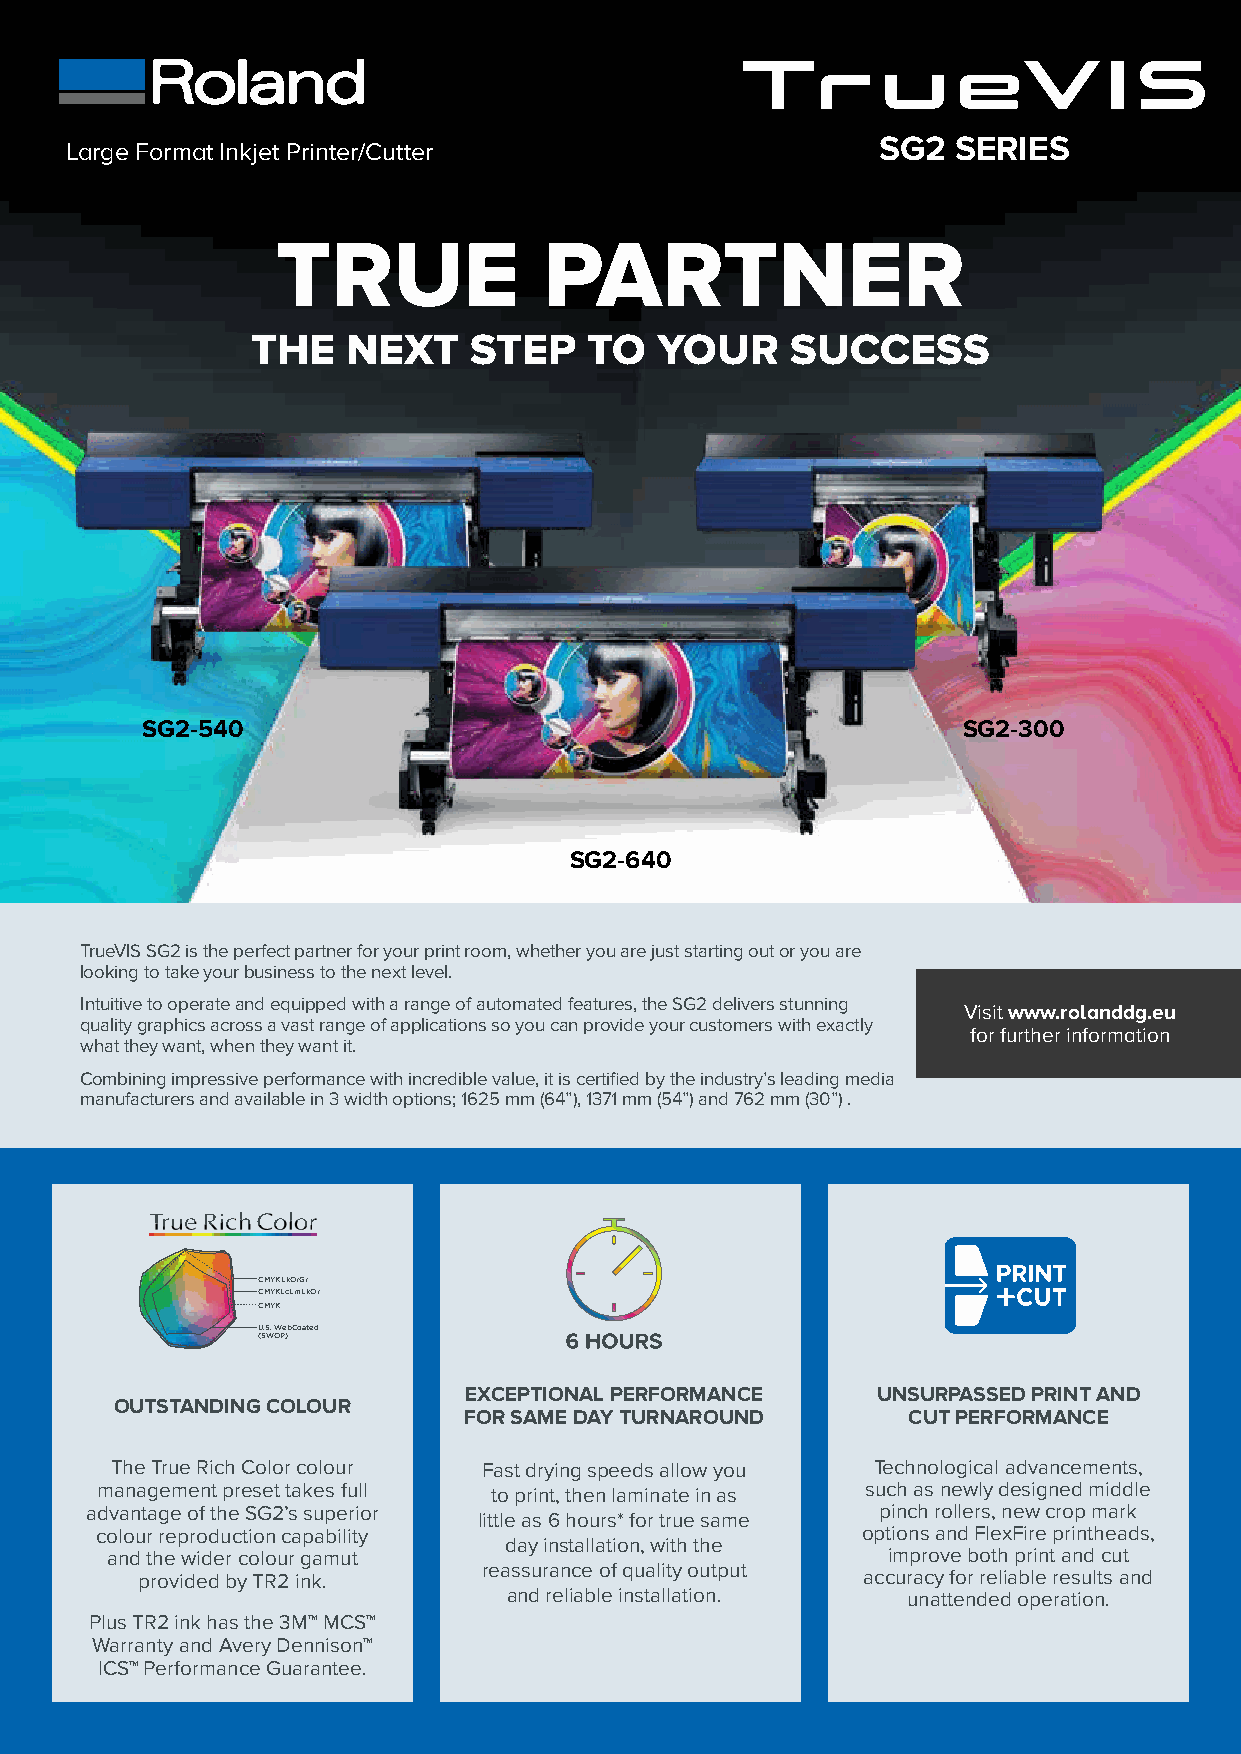
SG2  SERIES
 Large Format Inkjet Printer/Cutter
 TRUE              PARTNER
 THE   NEXT    STEP    TO   YOUR    SUCCESS
 SG2-540                                                SG2-300
 SG2-640
 TrueVIS SG2 is the perfect partner for your print room, whether you are just starting out or you are
 looking to take your business to the next level.
 Intuitive to operate and equipped with a range of automated features, the SG2 delivers stunning
 Visit www.rolanddg.eu
 quality graphics across a vast range of applications so you can provide your customers with exactly
 for further information
 what they want, when they want it.
 Combining impressive performance with incredible value, it is certified by the industry’s leading media
 manufacturers and available in 3 width options; 1625 mm (64”), 1371 mm (54”) and 762 mm (30”) .
 CMYKLkOrGr
 CMYKLcLmLkOr
 CMYK
 U.S. WebCoated
 (SWOP)
 EXCEPTIONAL PERFORMANCE    UNSURPASSED PRINT AND
 OUTSTANDING COLOUR
 FOR SAME DAY TURNAROUND      CUT PERFORMANCE
 The True Rich Color colour Fast drying speeds allow you Technological advancements,
 management preset takes full to print, then laminate in as such as newly designed middle
 advantage of the SG2’s superior                     pinch rollers, new crop mark
 little as 6 hours* for true same
 colour reproduction capability                     options and FlexFire printheads,
 day installation, with the
 and the wider colour gamut                          improve both print and cut
 reassurance of quality output
 provided by TR2 ink.                            accuracy for reliable results and
 and reliable installation. unattended operation.
 Plus TR2 ink has the 3M™ MCS™
 Warranty and Avery Dennison™
 ICS™ Performance Guarantee.